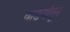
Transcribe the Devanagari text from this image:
वाडयांतून